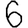
Digit: 6